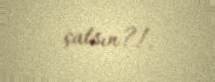
çatsın?!.